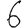
Digit: 6